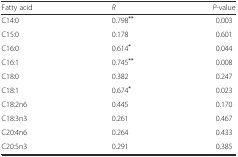
<table><thead><tr><td><b>Fatty acid</b></td><td><b><i>R</i></b></td><td><b><i>P</i>-value</b></td></tr></thead><tbody><tr><td>C14:0</td><td>0.798<sup><b>**</b></sup></td><td>0.003</td></tr><tr><td>C15:0</td><td>0.178</td><td>0.601</td></tr><tr><td>C16:0</td><td>0.614<sup><b>*</b></sup></td><td>0.044</td></tr><tr><td>C16:1</td><td>0.745<sup><b>**</b></sup></td><td>0.008</td></tr><tr><td>C18:0</td><td>0.382</td><td>0.247</td></tr><tr><td>C18:1</td><td>0.674<sup><b>*</b></sup></td><td>0.023</td></tr><tr><td>C18:2n6</td><td>0.445</td><td>0.170</td></tr><tr><td>C18:3n3</td><td>0.261</td><td>0.467</td></tr><tr><td>C20:4n6</td><td>0.264</td><td>0.433</td></tr><tr><td>C20:5n3</td><td>0.291</td><td>0.385</td></tr></tbody></table>